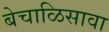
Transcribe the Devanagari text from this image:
बेचाळिसावा